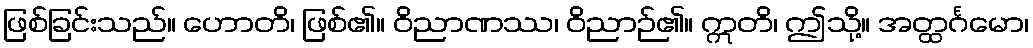
ဖြစ်ခြင်းသည်။ ဟောတိ၊ ဖြစ်၏။ ဝိညာဏဿ၊ ဝိညာဉ်၏။ ဣတိ၊ ဤသို့။ အတ္ထင်္ဂမော၊